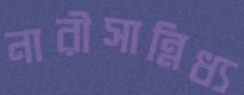
নারীসান্নিধ্য